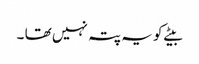
بیٹے کو یہ پتہ نہیں تھا ۔